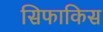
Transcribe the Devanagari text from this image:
सिफाकिस